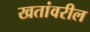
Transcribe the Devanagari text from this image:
खतांवरील